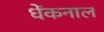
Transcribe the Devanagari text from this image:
धेंकनाल